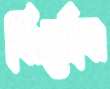
নির্লোম